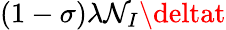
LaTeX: (1-\sigma)\lambda\mathcal{N}_{I}\deltat